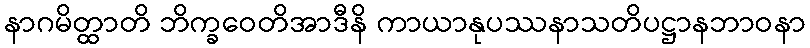
နာဂမိတ္ထာတိ ဘိက္ခဝေတိအာဒီနိ ကာယာနုပဿနာသတိပဋ္ဌာနဘာဝနာ